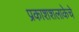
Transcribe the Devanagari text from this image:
प्रकाशशलाकेचे